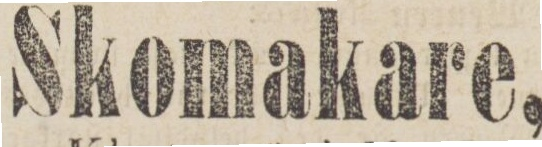
Skomakare,